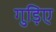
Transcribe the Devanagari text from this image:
गुड़िए